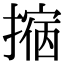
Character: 𢴀